Medical and sanitary report of the native army of Bengal for the year
Year: 1874
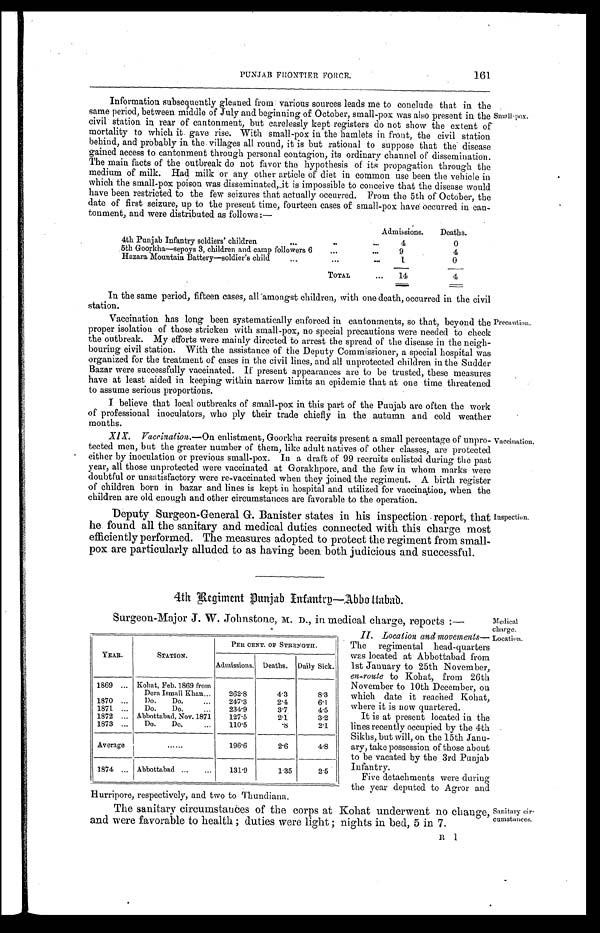
PUNJAB FRONTIER FORCE.
161
Information subsequently gleaned from various sources leads me to conclude that in the
same period, between middle of July and beginning of October, small-pox was also present in the
civil station in rear of cantonment, but carelessly kept registers do not show the extent of
mortality to which it gave rise. With small-pox in the hamlets in front, the civil station
behind, and probably in the villages all round, it is but rational to suppose that the disease
gained access to cantonment through personal contagion, its ordinary channel of dissemination.
The main facts of the outbreak do not favor the hypothesis of its propagation through the
medium of milk. Had milk or any other article of diet in common use been the vehicle in
which the small-pox poison was disseminated, it is impossible to conceive that the disease would
have been restricted to the few seizures that actually occurred. From the 5th of October, the
date of first seizure, up to the present time, fourteen cases of small-pox have occurred in can-
tonment, and were distributed as follows:—
Small-pox.
Admissions.
Deaths.
4th Punjab Infantry soldiers' children
4
0
5th Goorkha—sepoys 3, children and camp followers 6
9
4
Hazara Mountain Battery—soldier's child
1
0
TOTAL
14
4
In the same period, fifteen cases, all amongst children, With one death, occurred in the civil
station.
Vaccination has long been systematically enforced in cantonments, so that, beyond the
proper isolation of those stricken with small-pox, no special precautions were needed to check
the outbreak. My efforts were mainly directed to arrest the spread of the disease in the neigh-
bouring civil station. With the assistance of the Deputy Commissioner, a special hospital was
organized for the treatment of cases in the civil lines, and all unprotected children in the Sudder
Bazar were successfully vaccinated. If present appearances are to be trusted, these measures
have at least aided in keeping within narrow limits an epidemic that at one time threatened
to assume serious proportions.
I believe that local outbreaks of small-pox in this part of the Punjab are often the work
of professional inoculators, who ply their trade chiefly in the autumn and cold weather
months.
XIX. Vaccination. —On enlistment, Goorkha recruits present a small percentage of unpro-
tected men, but the greater number of them, like adult natives of other classes, are protected
either by inoculation or previous small-pox. In a draft of 99 recruits enlisted during the past
year, all those unprotected were vaccinated at Gorakhpore, and the few in whom marks were
doubtful or unsatisfactory were re-vaccinated when they joined the regiment. A birth register
of children born in bazar and lines is kept in hospital and utilized for vaccination, when the
children are old enough and other circumstances are favorable to the operation.
Deputy Surgeon-General G. Banister states in his inspection report, that
he found all the sanitary and medical duties connected with this charge most
efficiently performed. The measures adopted to protect the regiment from small-
pox are particularly alluded to as having been both judicious and successful.
4th Regiment Punjab Infantry—Abbottabad.
Surgeon-Major J. W. Johnstone, M. D., in medical charge, reports:—
II. Location and movements
— T h e r e g i m e n t a l h e a d - q u a r t e r s
was located at Abbottabad from
1st January to 25th November,
en-route to Kohat, from 26th
November to 10th December, on
which date it reached Kohat,
where it is now quartered.
It is at present located in the
lines recently occupied by the 4th
Sikhs, but will, on the 15th Janu-
ary, take possession of those about
to be vacated by the . 3rd Punjab
Infantry.
Five detachments were during
the year deputed to Agror and
Hurripore, respectively, and two to Thundiana.
The sanitary circumstances of the corps at Kohat underwent no change
and were favorable to health; duties were light; nights in bed, 5 in 7.
R 1
YEAR.
STATION.
PER CENT. OF STRENGTH.
Admissions. Deaths. Daily Sick.
1869
Kohat, Feb. 1869 from
Dera Ismail Khan
262.8
4.3
8.3
1870
Do. Do.
247.3
2.4
6.1
1871
Do. Do.
234.9
3. 7
4.5
1872
Abbottabad, Nov. 1871 127.5
2.1
3.2
1873
Do. Do. 110.5
. 8
2.1
Average
196.6
2. 6
4 . 8
1874
Abbottabad 131.9
1.35
2.5
Precaution.
Vaccination.
Inspection.
Medical
charge.
Location.
Sanitary cir
-
cumstances.